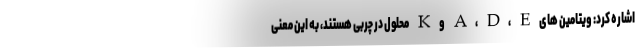
اشاره کرد: ویتامین های A، D، E و K محلول در چربی هستند، به این معنی